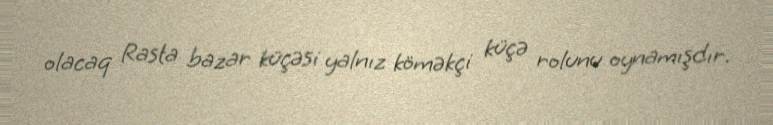
olacaq Rasta bazar küçəsi yalnız köməkçi küçə rolunu oynamışdır.